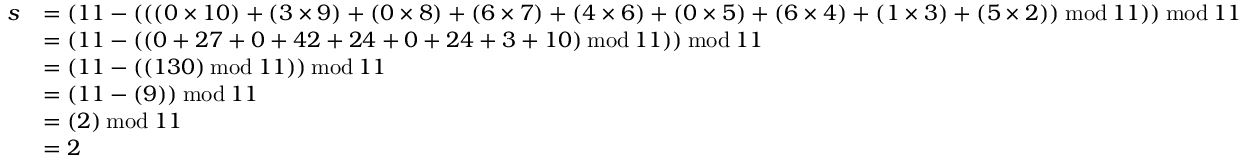
{ \begin{array} { r l } { s } & { = ( 1 1 - ( ( ( 0 \times 1 0 ) + ( 3 \times 9 ) + ( 0 \times 8 ) + ( 6 \times 7 ) + ( 4 \times 6 ) + ( 0 \times 5 ) + ( 6 \times 4 ) + ( 1 \times 3 ) + ( 5 \times 2 ) ) \, { \bmod { \, } } 1 1 ) ) \, { \bmod { \, } } 1 1 } \\ & { = ( 1 1 - ( ( 0 + 2 7 + 0 + 4 2 + 2 4 + 0 + 2 4 + 3 + 1 0 ) \, { \bmod { \, } } 1 1 ) ) \, { \bmod { \, } } 1 1 } \\ & { = ( 1 1 - ( ( 1 3 0 ) \, { \bmod { \, } } 1 1 ) ) \, { \bmod { \, } } 1 1 } \\ & { = ( 1 1 - ( 9 ) ) \, { \bmod { \, } } 1 1 } \\ & { = ( 2 ) \, { \bmod { \, } } 1 1 } \\ & { = 2 } \end{array} }